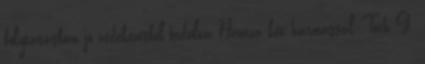
folytatásban jó védekezésből indulva Hamza két hármassal, Tóth G.